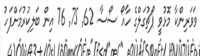
ވަވަރިންކާ މޮޅުވީ ޕޯޗުގަލްގެ ހާއޯ ސޯސާ 62